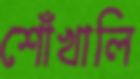
শোঁখালি